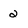
Character: 2